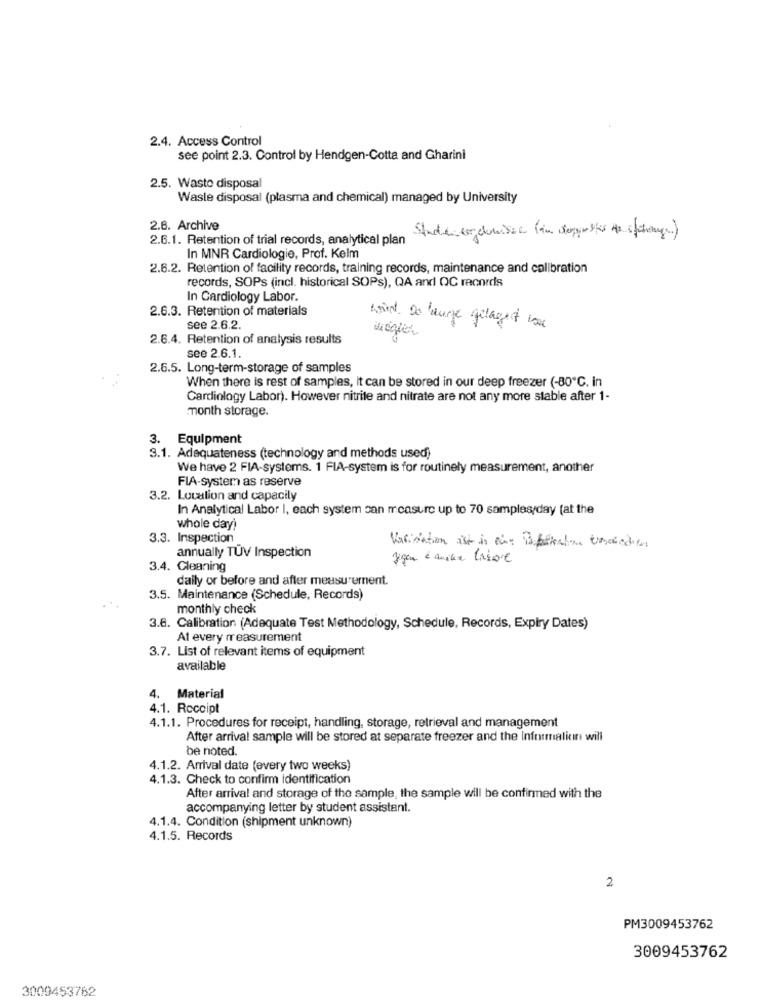
2.4. Access Control
see point 2.3. Control by Hendgen-Cotta and Gharini
2.5. Waste disposal
Waste disposal (plasma and chemical) managed by University
2.6. Archive
2.6.1. Retention of trial records, analytical plan
In MNR Cardiologie, Prof. Kelm
2.6.2. Retention of facility records, training records, maintenance and calibration
records, SOPs (incl. historical SOPs), QA and QC records
In Cardiology Labor.
2.6.3. Retention of materials
see 2.6.2.
Amint Do lange gelagest ion
2.6.4. Retention of analysis results
see 2.6.1.
2.6.5. Long-term-storage of samples
When there is rest of samples, it can be stored in our deep freezer (-80℃. in
Cardiology Labor). However nitrite and nitrate are not any more stable after 1-
month storage.
3. Equipment
3.1. Adequateness (technology and methods used)
We have 2 FIA-systems. 1 FIA-system is for routinely measurement, another
FIA-system as reserve
3.2. Location and capacily
In Analytical Labor I, each system can measure up to 70 samples/day (at the
whole day)
3.3. Inspection
annually TUV Inspection
Karisiation ist in ein Papelkahne Unaischen
3.4. Cleaning
daily or before and after measurement.
3.5. Maintenance (Schedule, Records)
monthly check
3.8. Calibration (Adequate Test Methodology, Schedule, Records, Expiry Dates)
At every measurement
3.7. List of relevant items of equipment
available
4.
Material
4.1. Receipt
4.1.1. Procedures for receipt, handling, storage, retrieval and management
After arrival sample will be stored at separate freezer and the informalicin will
be noted.
4.1.2. Arrival date (every two weeks)
4.1.3. Check to confirm identification
After arrival and storage of the sample, the sample will be confirmed with the
accompanying letter by student assistant.
4.1.4. Condition (shipment unknown)
4.1.5. Records
2
PM3009453762
3009453762
3009453762